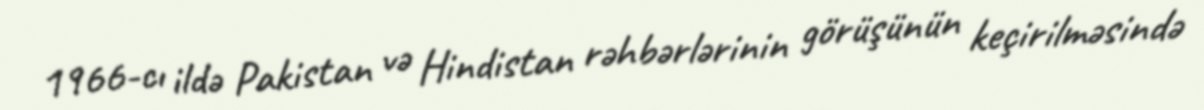
1966-cı ildə Pakistan və Hindistan rəhbərlərinin görüşünün keçirilməsində